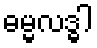
ဓမ္မလဒ္ဓါ